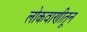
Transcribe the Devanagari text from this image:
लोकवाणीतून